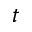
t